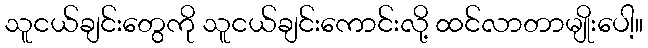
သူငယ်ချင်းတွေကို သူငယ်ချင်းကောင်းလို့ ထင်လာတာမျိုးပေါ့။